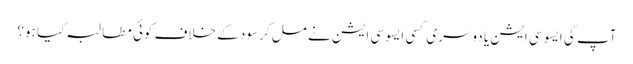
آپ کی ایسوسی ایشن یا دوسری کسی ایسوسی ایشن نے مل کر سود کے خلاف کوئی مطالبہ کیا ہو؟